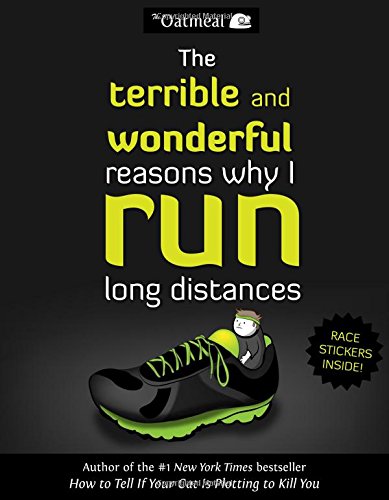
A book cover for The Terrible and Wonderful Reasons Why I Run Long Distances; The Oatmeal; Comics & Graphic Novels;